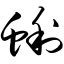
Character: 蜊